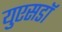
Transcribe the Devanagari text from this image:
युएसडॉ